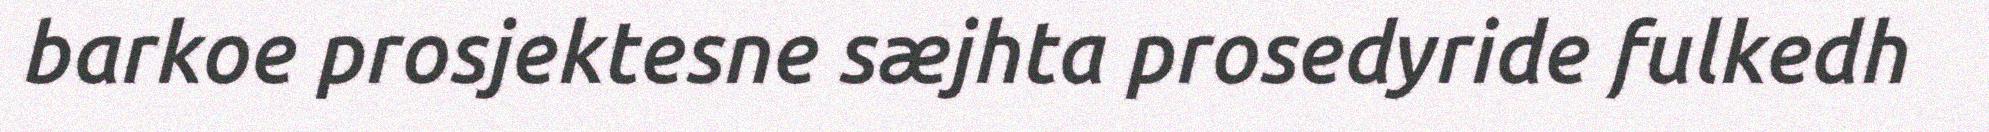
barkoe prosjektesne sæjhta prosedyride fulkedh